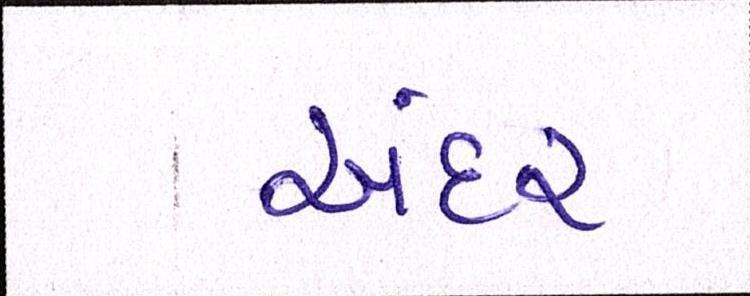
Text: અંદર